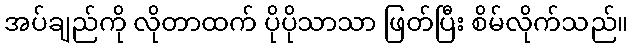
အပ်ချည်ကို လိုတာထက် ပိုပိုသာသာ ဖြတ်ပြီး စိမ်လိုက်သည်။